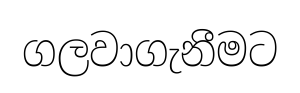
ගලවාගැනීමට